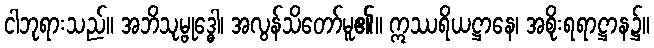
ငါဘုရားသည်။ အဘိသုမ္ဗုဒ္ဓေါ၊ အလွန်သိတော်မူ၏။ ဣဿရိယဋ္ဌာနေ၊ အစိုးရရာဋ္ဌာန၌။